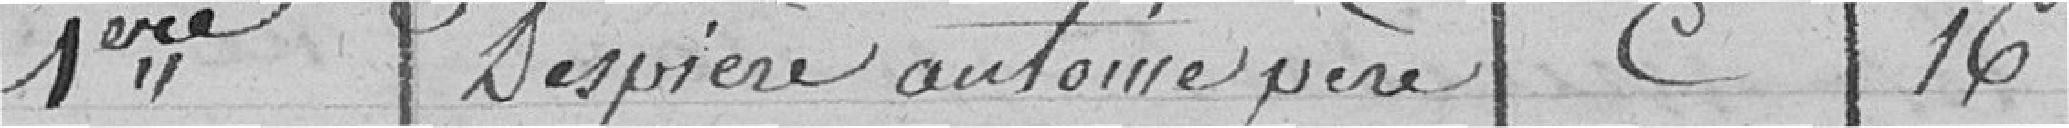
1ère Despière Automepère C 16